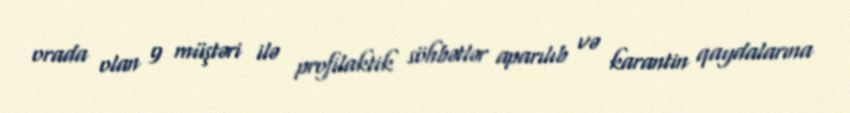
orada olan 9 müştəri ilə profilaktik söhbətlər aparılıb və karantin qaydalarına